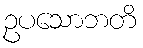
ဥပသောဘတိ